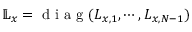
\mathbb { L } _ { x } = \textrm { d i a g } ( L _ { x , 1 } , \cdots , L _ { x , N - 1 } )